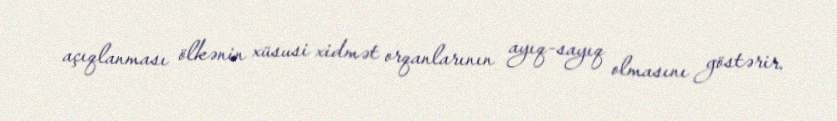
açıqlanması ölkənin xüsusi xidmət orqanlarının ayıq-sayıq olmasını göstərir.